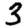
Digit: 3